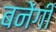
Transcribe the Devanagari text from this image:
बनेंगीं